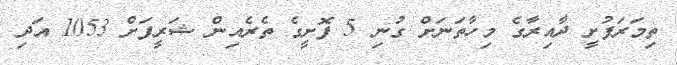
ތިމަރަފުށީ ދާއިރާގެ މިހާތަނަށް ގުނި 5 ފޮށީގެ ތެރެއިން ޝަރީފަށް 1053 އަދި